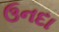
ઉનદા